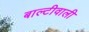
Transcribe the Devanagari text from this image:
बाल्टीवाली